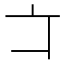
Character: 𠅁